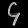
Digit: ၄